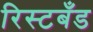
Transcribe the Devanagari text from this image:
रिस्टबँड